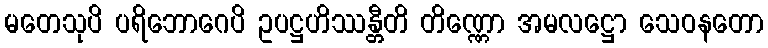
မတေသုပိ ပရိဘောဂေပိ ဥပဋ္ဌဟိဿန္တီတိ တိဏ္ဏော အမလဋ္ဌော သေဝနတော